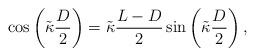
LaTeX: \begin{align*}\cos\left(\tilde\kappa \frac{ D}{2}\right) = \tilde\kappa \frac{L-D}{2} \sin\left(\tilde\kappa \frac{D}{2}\right),\end{align*}